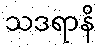
သဒရာနိ